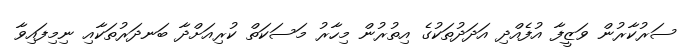
ސަރުކާރުން ވަޒީފާ އުފެއްދި އަދަދުތަކުގެ އިތުރުން މިހާރު މަސަކަތް ކުރިއަށްދާ ބަނދަރުތަކާއި ނިމިފައިވާ